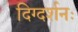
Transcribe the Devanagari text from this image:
दिग्दर्शनः